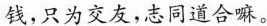
钱，只为交友，志同道合嘛